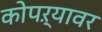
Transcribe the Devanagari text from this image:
कोपऱ्यावर